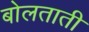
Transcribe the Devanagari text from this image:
बोलताती